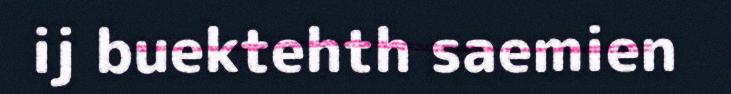
ij buektehth saemien